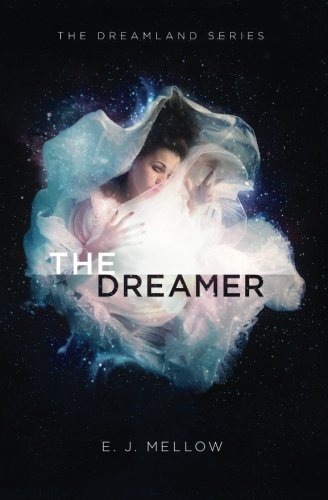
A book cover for The Dreamer: The Dreamland Series Book I (Volume 1); E.J. Mellow; Science Fiction & Fantasy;